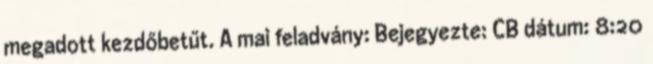
megadott kezdőbetűt. A mai feladvány: Bejegyezte: CB dátum: 8:20